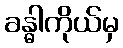
ခန္ဓါကိုယ်မှ